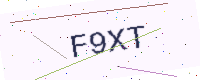
Text: F9XT